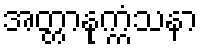
အတ္တာနုက္ကံသနာ